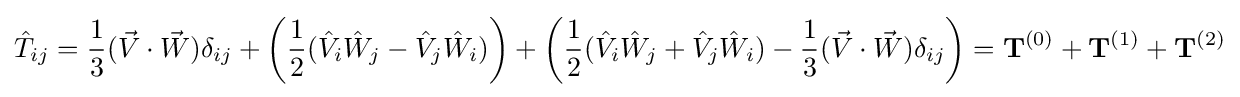
{\hat {T}}_{ij}={\frac {1}{3}}({\vec {V}}\cdot {\vec {W}})\delta _{ij}+\left({\frac {1}{2}}({\hat {V}}_{i}{\hat {W}}_{j}-{\hat {V}}_{j}{\hat {W}}_{i})\right)+\left({\frac {1}{2}}({\hat {V}}_{i}{\hat {W}}_{j}+{\hat {V}}_{j}{\hat {W}}_{i})-{\frac {1}{3}}({\vec {V}}\cdot {\vec {W}})\delta _{ij}\right)=\mathbf {T} ^{(0)}+\mathbf {T} ^{(1)}+\mathbf {T} ^{(2)}